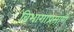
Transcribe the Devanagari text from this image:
विभागाप्रमाणे